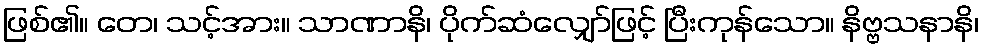
ဖြစ်၏။ တေ၊ သင့်အား။ သာဏာနိ၊ ပိုက်ဆံလျှော်ဖြင့် ပြီးကုန်သော။ နိဗ္ဗသနာနိ၊